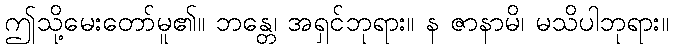
ဤသို့မေးတော်မူ၏။ ဘန္တေ၊ အရှင်ဘုရား။ န ဇာနာမိ၊ မသိပါဘုရား။